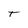
Character: T